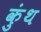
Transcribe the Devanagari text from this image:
कुंथ